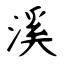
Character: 溪